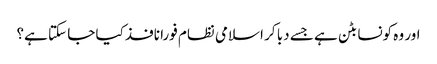
اور وہ کونسا بٹن ہے جسے دبا کر اسلامی نظام فورا نافذ کیا جا سکتا ہے؟